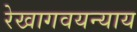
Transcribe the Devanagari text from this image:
रेखागवयन्याय